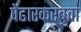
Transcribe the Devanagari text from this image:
पेंढारकरबुवा